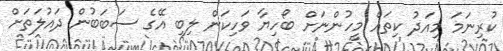
ކުރިނަމަ މިއަދު ކިތައް މީހުންނަށް ބޯހިޔާ ވަހިކަން ލިބި އޭގެ ސަބަބުން ދައުލަތަށް